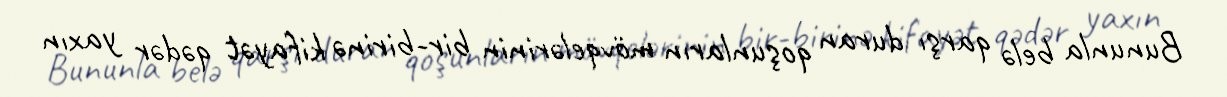
Bununla belə qarşı duran qoşunların mövqelərinin bir-birinə kifayət qədər yaxın